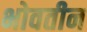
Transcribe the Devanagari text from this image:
भोवतीन